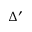
\Delta ^ { \prime }